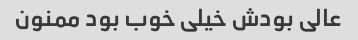
عالی بودش خیلی خوب بود ممنون